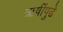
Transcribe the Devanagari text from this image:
ऋषींपुढे